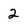
Character: 2